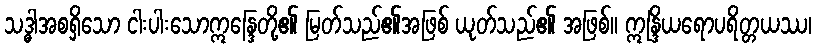
သဒ္ဓါအစရှိသော ငါးပါးသောဣန္ဒြေတို့၏ မြတ်သည်၏အဖြစ် ယုတ်သည်၏ အဖြစ်။ ဣန္ဒြိယရောပရိတ္တယဿ၊